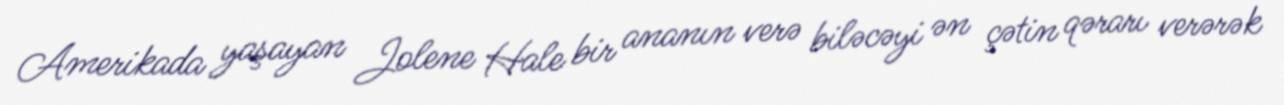
Amerikada yaşayan Jolene Hale bir ananın verə biləcəyi ən çətin qərarı verərək